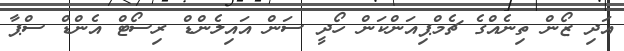
އަދި ޒޯން ތިނެއްގެ ޗެމްޕިއަންކަން ހޯދީ ސަން އައިލެންޑް ރިސޯޓް އެންޑް ސްޕާ